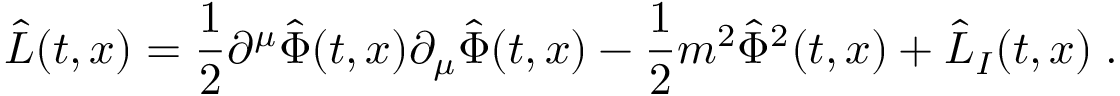
\hat { \cal L } ( t , x ) = { \frac { 1 } { 2 } } \partial ^ { \mu } \hat { \Phi } ( t , x ) \partial _ { \mu } \hat { \Phi } ( t , x ) - { \frac { 1 } { 2 } } m ^ { 2 } \hat { \Phi } ^ { 2 } ( t , x ) + \hat { \cal L } _ { I } ( t , x ) \; .